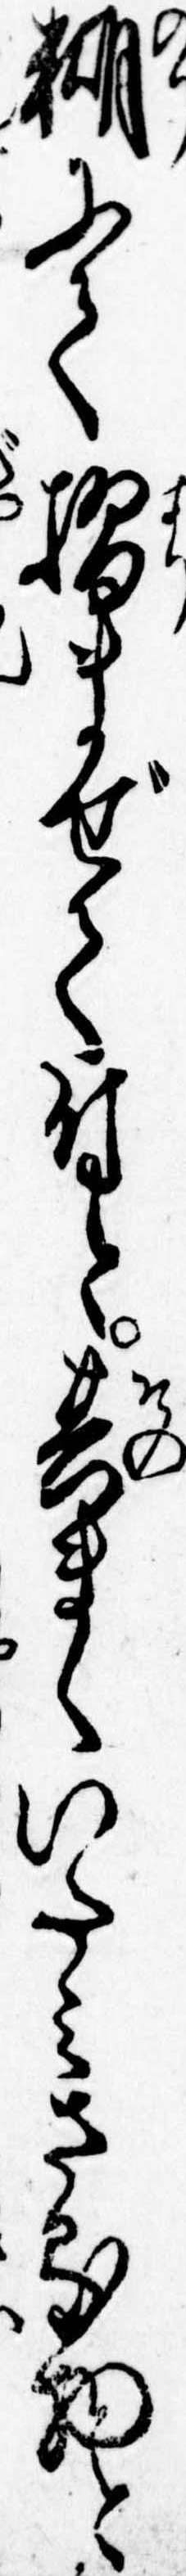
糊にて摺まぜて付と其まゝいたみさる物と